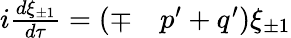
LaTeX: \begin{array}{rl}{i\frac{d\xi_{\pm 1}}{d\tau}=(\mp}&{{}p^{\prime}+q^{\prime})\xi_{\pm 1}}\end{array}